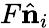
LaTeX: F\hat{\mathbf n}_{i}